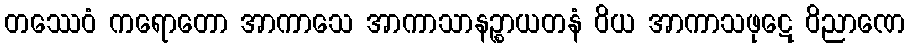
တဿေဝံ ကရောတော အာကာသေ အာကာသာနဉ္စာယတနံ ဝိယ အာကာသဖုဋေ ဝိညာဏေ